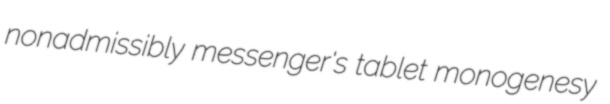
nonadmissibly messenger's tablet monogenesy